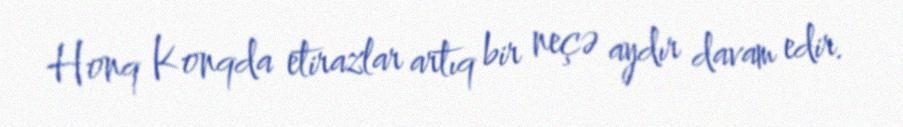
Honq Konqda etirazlar artıq bir neçə aydır davam edir.